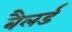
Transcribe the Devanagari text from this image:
बैलर्ड